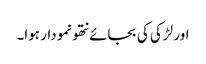
اور لڑکی کی بجائے نتھو نمودار ہوا۔